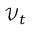
\mathcal { V } _ { t }